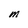
Character: M